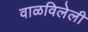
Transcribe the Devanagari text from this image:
वाळविलेली